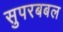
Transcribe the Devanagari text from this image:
सुपरबबल